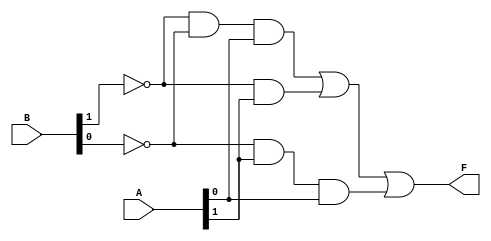
module comparator (
    A, B, F);

    input[1:0] A, B;
    output F;
    assign F = ~B[1] & ~B[0] & A[0] | ~B[1] & A[1] | ~B[0] & A[1] & A[0];

endmodule